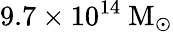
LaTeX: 9.7\times 10^{14}~\mathrm{M}_{\odot}